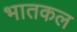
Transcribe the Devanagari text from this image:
भातकल